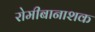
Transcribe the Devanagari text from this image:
रोमीबानाशक